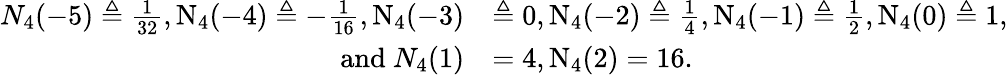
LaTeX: \begin{array}{rl}{N_{4}(-5)\triangleq\frac{1}{32},\textup N_{4}(-4)\triangleq-\frac{1}{16},\textup N_{4}(-3)}&{\triangleq 0,\textup N_{4}(-2)\triangleq\frac{1}{4},\textup N_{4}(-1)\triangleq\frac{1}{2},\textup N_{4}(0)\triangleq 1,}\\ {\mathrm{and~}N_{4}(1)}&{=4,\textup N_{4}(2)=16.}\end{array}